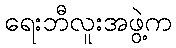
ရေးဘီလူးအဖွဲ့က